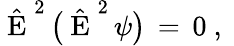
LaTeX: \begin{array}{r}{\hat{\mathrm{~E~}}^{2}\, \big(\hat{\mathrm{~E~}}^{2}\, \psi\big)\, =\, 0\ ,\ }\end{array}